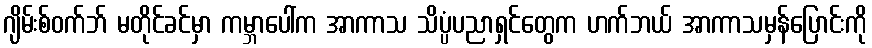
ဂျိမ်းစ်ဝက်ဘ် မတိုင်ခင်မှာ ကမ္ဘာပေါ်က အာကာသ သိပ္ပံပညာရှင်တွေက ဟက်ဘယ် အာကာသမှန်ပြောင်းကို